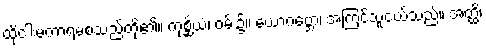
ထိုငါးမကာရမစသည်တို့၏။ ကုစ္ဆိယံ၊ ဝမ်း၌။ ယောဂဗ္ဘော၊ အကြင်သူငယ်သည်။ အတ္ထိ၊